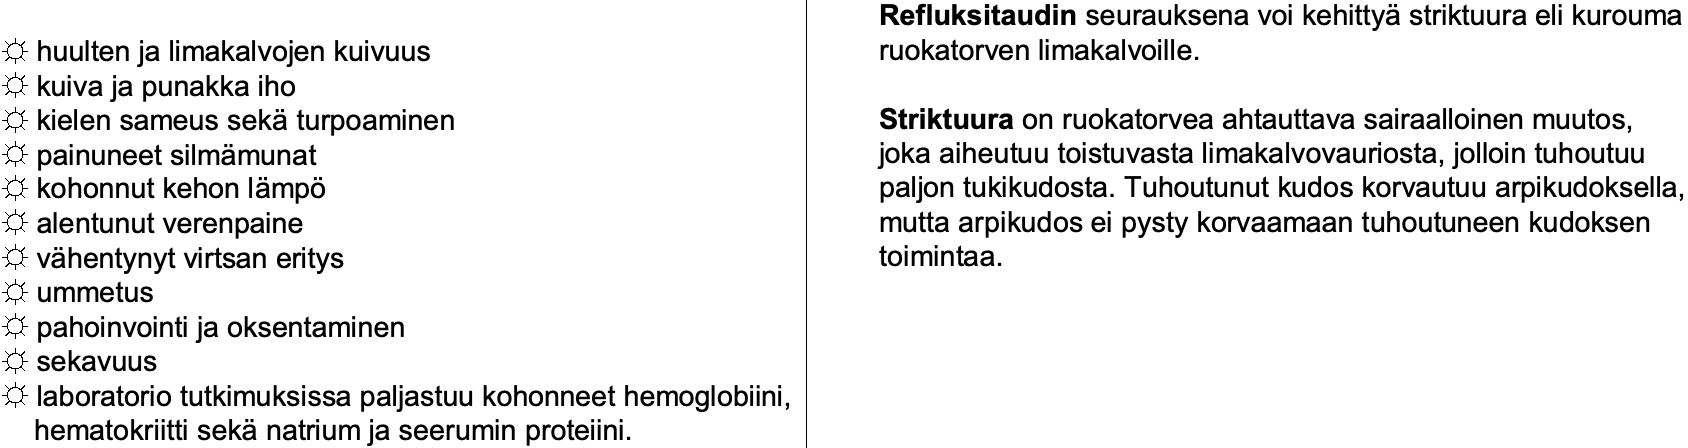
Refluksitaudin seurauksena voi kehittyästriktuura eli kurouma ☼huulten ja limakalvojen kuivuus ruokatorven limakalvoille. ☼kuiva ja punakka iho ☼kielen sameus sekäturpoaminen Striktuura on ruokatorvea ahtauttava sairaalloinen muutos, ☼painuneet silmämunat        joka aiheutuu toistuvasta limakalvovauriosta, jolloin tuhoutuu ☼kohonnut kehon lämpö        paljon tukikudosta. Tuhoutunut kudos korvautuu arpikudoksella, ☼alentunut verenpaine        mutta arpikudos ei pysty korvaamaan tuhoutuneen kudoksen ☼vähentynyt virtsan eritys   toimintaa. ☼ummetus ☼pahoinvointi ja oksentaminen ☼sekavuus ☼laboratorio tutkimuksissa paljastuu kohonneet hemoglobiini, hematokriitti sekänatrium ja seerumin proteiini.